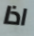
اذا